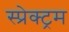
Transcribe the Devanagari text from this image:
स्प्रेक्ट्रम